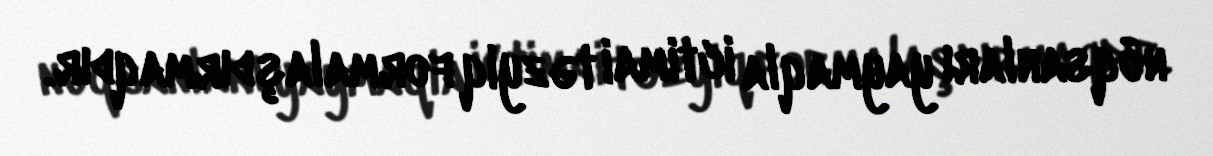
nöqsanları yaymaqla ictimai təzyiq formalaşdırmaqdır.